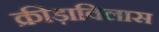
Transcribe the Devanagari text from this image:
क्रीड़ाविलास